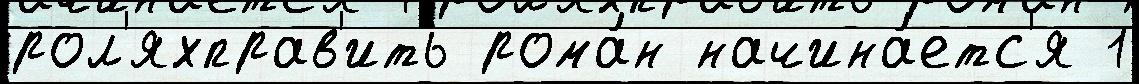
рол'яхправ'ить рома́н начина́етс'я 1